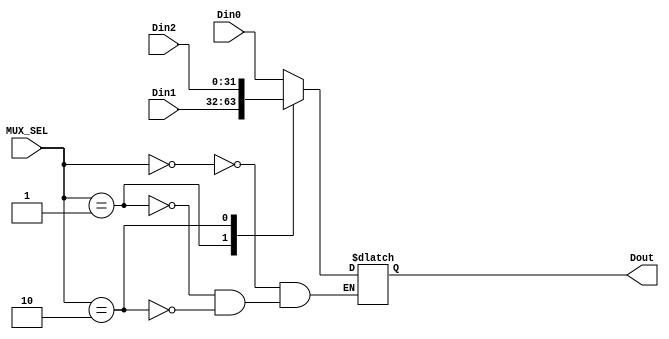
`timescale 1ns / 1ps
//////////////////////////////////////////////////////////////////////////////////
// Company: 
// Engineer: 
// 
// Design Name: 
// Module Name: MCP_MUX3
// Project Name: 
// Target Devices: 
// Tool Versions: 
// Description: 
// 
// Dependencies: 
// 
// Revision:
// Revision 0.01 - File Created
// Additional Comments:
// 
//////////////////////////////////////////////////////////////////////////////////


module MCP_MUX3 #(parameter WL = 32)
             (input wire [1:0] MUX_SEL,
              input wire [WL - 1:0] Din0, Din1, Din2,
              output reg [WL - 1:0] Dout);

//I guess this is just a case statement controlled by the SEL
    always @(MUX_SEL, Din0, Din1, Din2)
    begin
        case(MUX_SEL)
            2'b00: Dout = Din0;
            2'b01: Dout = Din1;
            2'b10: Dout = Din2;
        endcase
    end
endmodule